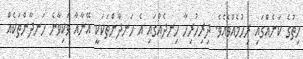
ހިތުގެ ކަނެއްގައި ރިހުމެއްވެއެވެ. ދިރިހުރިހާ ހިނދެއްގައި އެ ހަނދާންތަކަކީ އޭނާއާ ވަކިވާނެ ހަނދާންތަކެއް